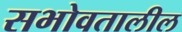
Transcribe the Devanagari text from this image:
सभोवतालील